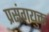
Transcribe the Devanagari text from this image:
प्रसंगयुक्त